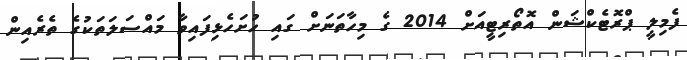
ފެމިލީ ޕްރޮޓެކްޝަން އޮތޯރިޓީއަށް 2014 ގެ މިހާތަނަށް ގައި ހުށަހެޅިފައިވާ މައްސަލަތަކުގެ ތެރެއިން